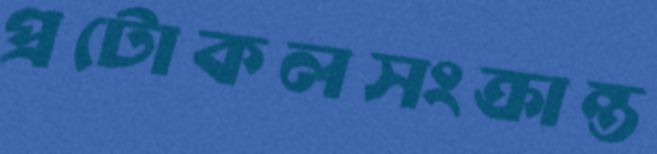
প্রটোকলসংক্রান্ত